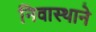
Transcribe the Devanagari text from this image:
निवास्थाने